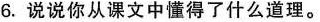
6.说说你从课文中懂得了什么道理。